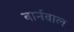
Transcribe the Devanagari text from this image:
बार्नवाल